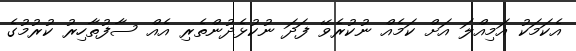
އެކަމަކު އަމިއްލަ އަށް ކަމެއް ނުކުރެވޭ ފަދަ ނުކުޅެދުންތެރި އެއް ސާފުތާހިރު ކުރުމުގެ